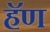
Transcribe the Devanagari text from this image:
हॅण